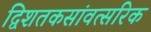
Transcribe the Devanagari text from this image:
द्विशतकसांवत्सरिक